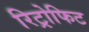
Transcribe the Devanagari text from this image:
रिट्रोफिट